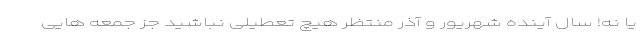
یا نه! سال آینده شهریور و آذر منتظر هیچ تعطیلی نباشید جز جمعه هایی